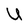
Character: U